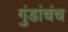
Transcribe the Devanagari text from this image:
गुंडांचंच